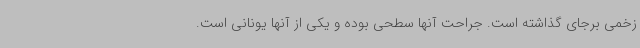
زخمی برجای گذاشته است. جراحت آنها سطحی بوده و یکی از آنها یونانی است.